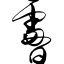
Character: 昝